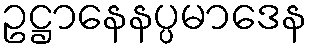
ဥဋ္ဌာနေနပ္ပမာဒေန